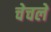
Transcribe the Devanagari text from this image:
चेचले